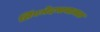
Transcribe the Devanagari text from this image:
लिंगभेदभावात्मक